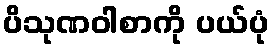
ပိသုဏဝါစာကို ပယ်ပုံ